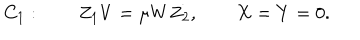
C _ { 1 } : \qquad Z _ { 1 } V = \mu W Z _ { 2 } , \qquad X = Y = 0 .